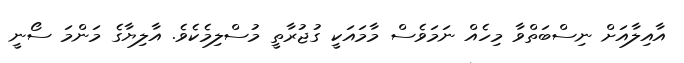
އާއިލާއަށް ނިސްބަތްވާ މިހެއް ނަމަވެސް މާމައަކީ ގުޖުރާތީ މުސްލިމެކެވެ. އާލިޔާގެ މަންމަ ސޯނީ